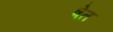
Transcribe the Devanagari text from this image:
षेत